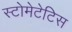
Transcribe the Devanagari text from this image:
स्टोमेटेटिस